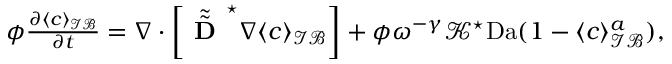
\begin{array} { r } { \phi \frac { \partial \langle c \rangle _ { \mathcal { I B } } } { \partial t } = \nabla \cdot \left[ \tilde { \tilde { \textbf { D } } } ^ { \star } \nabla \langle c \rangle _ { \mathcal { I B } } \right] + \phi \omega ^ { - \gamma } \mathcal { K } ^ { \star } \mathrm { D a } ( 1 - \langle c \rangle _ { \mathcal { I B } } ^ { a } ) , } \end{array}